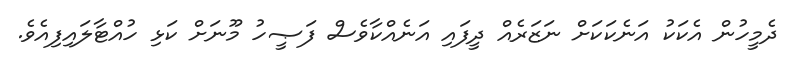
ދެމީހުން އެކަކު އަނެކަކަށް ނަޒަރެއް ދީފައި އަނެއްކާވެސް ފަޞީހު މޫނަށް ކަޅި ހުއްޓާލައިފިއެވެ.